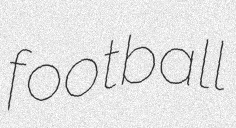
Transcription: football